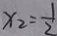
x _ { 2 } = \frac { 1 } { 2 }